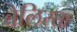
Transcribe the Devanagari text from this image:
बैलिस्ता